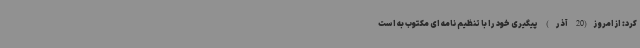
کرد: از امروز(20 آذر) پیگیری خود را با تنظیم نامه ای مکتوب به است